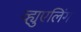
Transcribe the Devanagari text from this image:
व्ह्युएलिंग